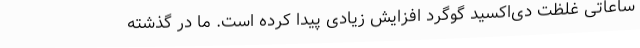
ساعاتی غلظت دی‌اکسید گوگرد افزایش زیادی پیدا کرده است. ما در گذشته